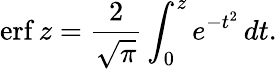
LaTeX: \operatorname{erf}z={\frac{2}{\sqrt{\pi}}}\int_{0}^{z}e^{-t^{2}}\, dt.